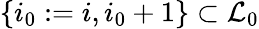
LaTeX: \{ i_{0}:=i,i_{0}+1\} \subset\mathcal{L}_{0}